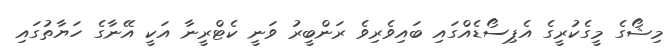
މިޝޯގެ މީގެކުރީގެ އެޕިސޯޑެއްގައި ބައިވެރިވެ ރަންބީރު ވަނީ ކެޓްރީނާ އަކީ އޭނާގެ ހަޔާތުގައި